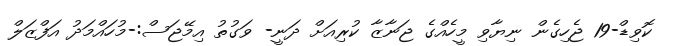
ކޮވިޑް-19 ޖެހިގެން ނިޔާވި މީހެއްގެ ޖަނާޒާ ކުރިއަށް ދަނީ- ވަގުތު އިމޭޖަސް:-މުހައްމަދު އަފްޒަލް